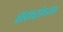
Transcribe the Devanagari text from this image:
स्तरांच्या